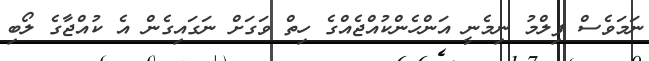
ނަމަވެސް ފިލްމު ނިމެނީ އަންހެންކުއްޖެއްގެ ހިތް ވަގަށް ނަގައިގެން އެ ކުއްޖާގެ ލޯބި